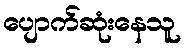
ပျောက်ဆုံးနေသူ